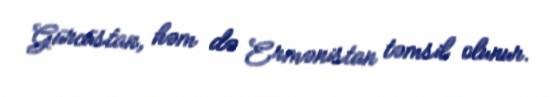
Gürcüstan, həm də Ermənistan təmsil olunur.